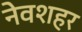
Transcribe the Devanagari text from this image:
नेवशहर